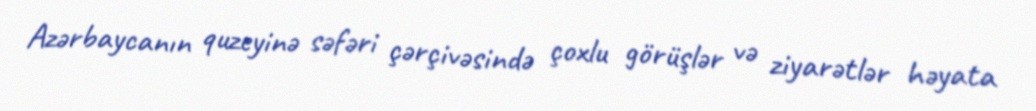
Azərbaycanın quzeyinə səfəri çərçivəsində çoxlu görüşlər və ziyarətlər həyata